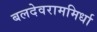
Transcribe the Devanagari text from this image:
बलदेवराममिर्धा